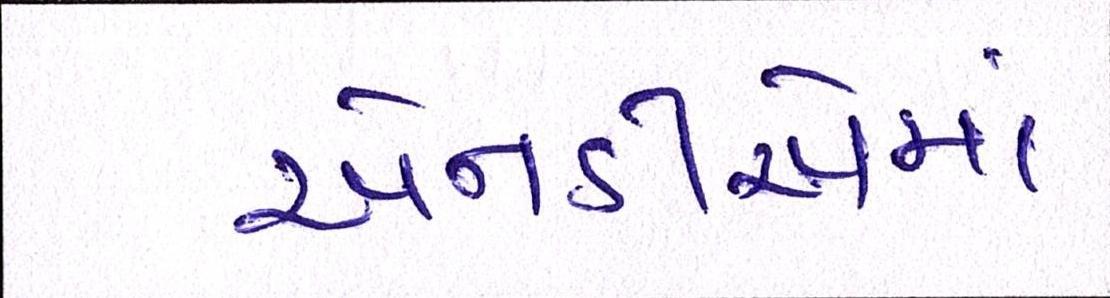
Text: એનડીએમાં